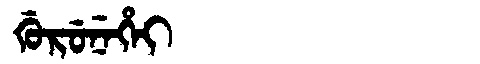
Manchu: ᡤᡠᡵᡠᠨᡝᡥᡝᡳ
Romanization: GURUNEHEI